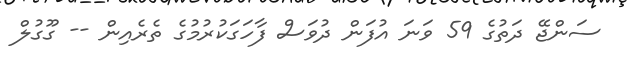
ސަންޖޭ ދަތުގެ 59 ވަނަ އުފަން ދުވަސް ފާހަގަކުރުމުގެ ތެރެއިން -- ގޫގުލް